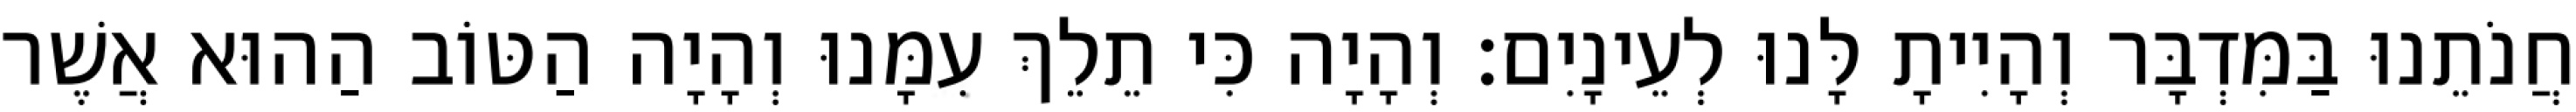
חֲנֹתֵנוּ בַּמִּדְבָּר וְהָיִיתָ לָּנוּ לְעֵינָיִם׃ וְהָיָה כִּי תֵלֵךְ עִמָּנוּ וְהָיָה הַטּוֹב הַהוּא אֲשֶׁר